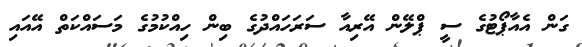
ގަން އެއާޕޯޓުގެ ސީ ޕްލޭން އޭރިއާ ސަރަހައްދުގެ ބިން ހިއްކުމުގެ މަސައްކަތް އޭއައި